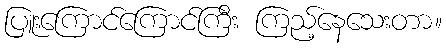
ပြူးကြောင်ကြောင်ကြီး ကြည့်နေသေးတာ။